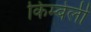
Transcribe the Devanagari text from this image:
किम्बेर्ली